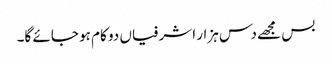
بس مجھے دس ہزار اشرفیاں دو کام ہو جائے گا۔